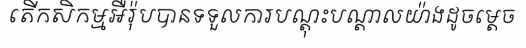
តើកសិកម្មអឺរ៉ុបបានទទួលការបណ្តុះបណ្តាលយ៉ាងដូចម្តេច